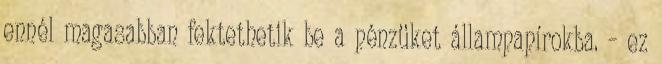
ennél magasabban fektethetik be a pénzüket állampapírokba. – ez